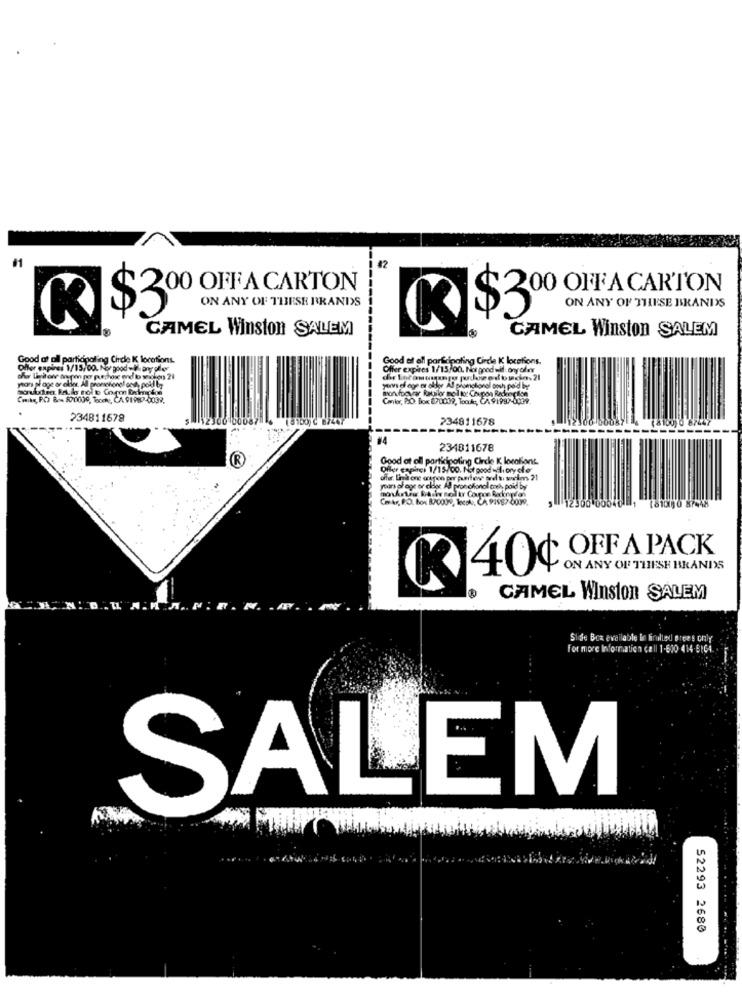
42
200 OFF A CARTON
ON ANY OF THESE BRANDS
K $300 OFA CARTON
$3
ON ANY OF THESE BRAND'S
CAMEL Winston SALEM
CAMEL Winston SALEM
Good at all participating Chce K locations.
Good of all participating Circle K locations.
Offer expires 1/15/00. Nor good will bry aller
Offer expires 1/15/00. Nor good will ony ofww
oher Liniowe an pon per posthos end lo weichen 21
por page or eller. All promotionel one, poid by
yovs of age or older All promotional oosh po'd by
Crake, PC Bon 800000, Tocch, CA. 91987-0039,
Color, PO. Box (70009, Toouk, CA 91997-bcav.
234811678
234811678
#4
234811678
R
Good at oll participating Circle K locations
Diler capirci 1/15/00. Not good -aliory cler
offer Lindtone erspon por purchewe are in sorlm 21
years of age or clblor Al pron clional ench poid by
Cokr, PO. box 870039, local, CA 91987 0009.
(81050 87-48
OFF A PACK
40¢
ON ANY OF THESH BRANDS
CAMEL Winston SALEM
Side Box available in finilled erees only
For more Information call 1-600 414-B164.
SALEM
52293 2680